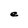
Character: e